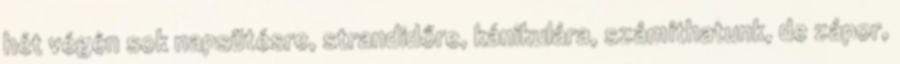
hét végén sok napsütésre, strandidőre, kánikulára, számíthatunk, de zápor,